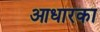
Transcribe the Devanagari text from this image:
आधारका